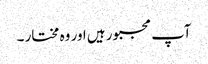
آپ مجبور ہیں اور وہ مختار ۔